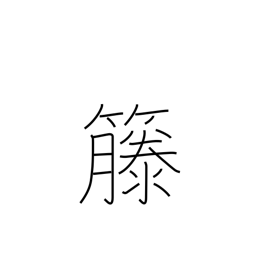
Meaning: rattan